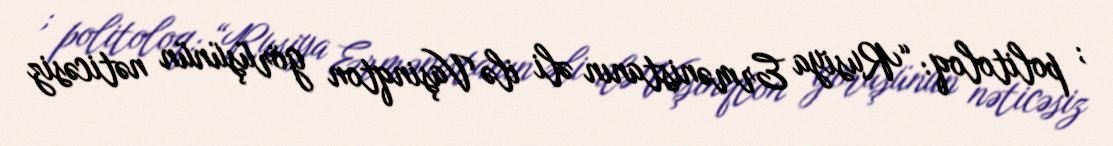
; politoloq: “Rusiya Ermənistanın əli ilə Vaşinqton görüşünün nəticəsiz